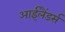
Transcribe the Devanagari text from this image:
आईलैंडर्स